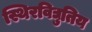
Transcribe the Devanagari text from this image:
स्थिरविद्युतिय